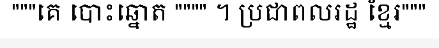
"""គេ បោះឆ្នោត """" ។ ប្រជាពលរដ្ឋ ខ្មែរ"""